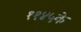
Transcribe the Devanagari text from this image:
११४५के